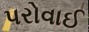
પરોવાઈ